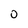
Character: 0